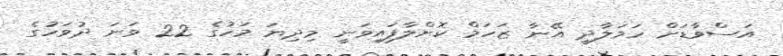
އަސްވާޑަށް ހަމަލާދީ އޭނާ ޒަހަމް ކޮށްލާފައިވަނީ މިދިޔަ މަހުގެ 22 ވަނަ ދުވަހުގެ